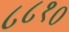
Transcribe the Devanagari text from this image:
८८१०